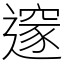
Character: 𨗉